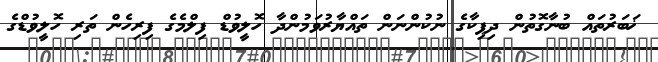
ޚަބަރުތައް ބުނާގޮތުން ދިޕިކާގެ ނުކުންނަން ތައްޔާރުވަމުންދާ ހޮލީވުޑް ފިލްމެގެ ފިރިހެން ތަރި ހޮލީވުޑްގެ